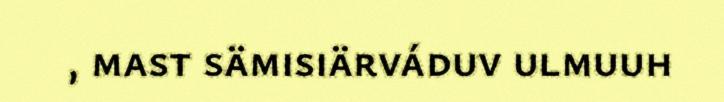
, mast sämisiärváduv ulmuuh